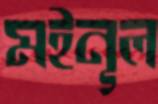
মইনূল